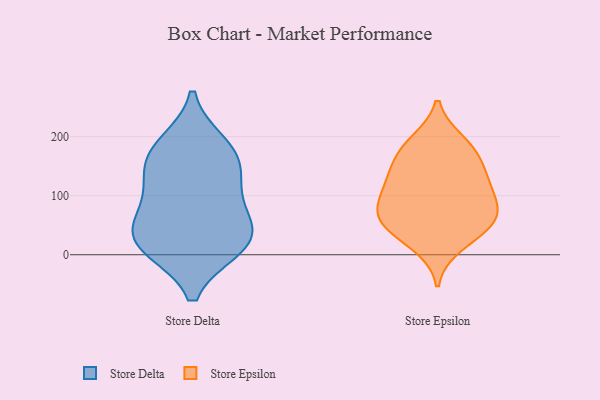
{"axis": {"x": "Backlog", "y": "Value"}, "legend": ["Store Delta", "Store Epsilon"], "data": [{"x": "", "y": 121, "type": "Store Delta"}, {"x": "", "y": 164, "type": "Store Delta"}, {"x": "", "y": 44, "type": "Store Delta"}, {"x": "", "y": 165, "type": "Store Delta"}, {"x": "", "y": 99, "type": "Store Delta"}, {"x": "", "y": 22, "type": "Store Delta"}, {"x": "", "y": 53, "type": "Store Delta"}, {"x": "", "y": 186, "type": "Store Delta"}, {"x": "", "y": 14, "type": "Store Delta"}, {"x": "", "y": 13, "type": "Store Delta"}, {"x": "", "y": 146, "type": "Store Epsilon"}, {"x": "", "y": 84, "type": "Store Epsilon"}, {"x": "", "y": 16, "type": "Store Epsilon"}, {"x": "", "y": 54, "type": "Store Epsilon"}, {"x": "", "y": 191, "type": "Store Epsilon"}, {"x": "", "y": 79, "type": "Store Epsilon"}, {"x": "", "y": 53, "type": "Store Epsilon"}, {"x": "", "y": 67, "type": "Store Epsilon"}, {"x": "", "y": 127, "type": "Store Epsilon"}, {"x": "", "y": 106, "type": "Store Epsilon"}, {"x": "", "y": 123, "type": "Store Epsilon"}, {"x": "", "y": 168, "type": "Store Epsilon"}, {"x": "", "y": 41, "type": "Store Epsilon"}, {"x": "", "y": 184, "type": "Store Epsilon"}]}